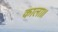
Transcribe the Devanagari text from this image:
काला॥